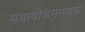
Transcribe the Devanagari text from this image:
समायोजनात्मक